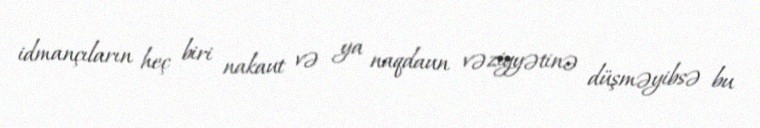
idmançıların heç biri nakaut və ya naqdaun vəziyyətinə düşməyibsə bu